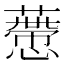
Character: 𧀱